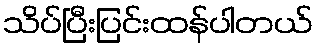
သိပ်ပြီးပြင်းထန်ပါတယ်